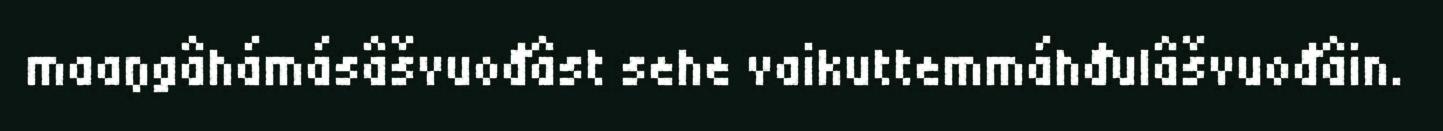
maaŋgâhámásâšvuođâst sehe vaikuttemmáhđulâšvuođâin.